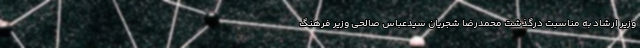
وزیر ارشاد به مناسبت درگذشت محمدرضا شجریان سیدعباس صالحی وزیر فرهنگ